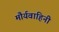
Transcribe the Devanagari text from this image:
मौर्यवाहिनी